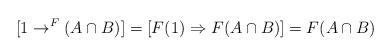
LaTeX: \begin{align*}[1 \to^F (A \cap B)]=[F(1) \Rightarrow F(A \cap B)]= F(A \cap B)\end{align*}